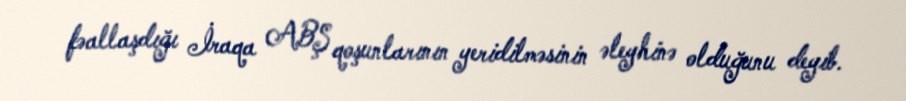
fəallaşdığı İraqa ABŞ qoşunlarının yeridilməsinin əleyhinə olduğunu deyib.